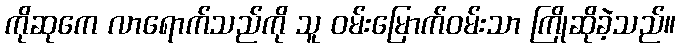
ကိုဆုကေ လာရောက်သည်ကို သူ ဝမ်းမြောက်ဝမ်းသာ ကြိုဆိုခဲ့သည်။